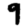
Digit: 9